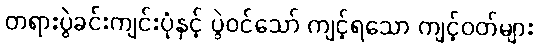
တရားပွဲခင်းကျင်းပုံနှင့် ပွဲဝင်သော် ကျင့်ရသော ကျင့်ဝတ်များ